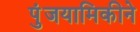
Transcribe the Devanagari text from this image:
पुंजयामिकीने